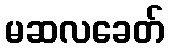
မဆလခေတ်